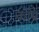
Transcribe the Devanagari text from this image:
कोंबे